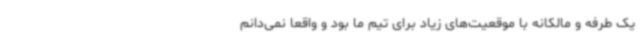
یک طرفه و مالکانه با موقعیت‌های زیاد برای تیم ما بود و واقعا نمی‌دانم